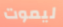
ليموت